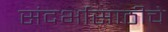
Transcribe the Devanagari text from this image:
संदर्भासाठीचे